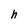
Character: h